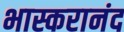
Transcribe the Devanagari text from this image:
भास्करानंद